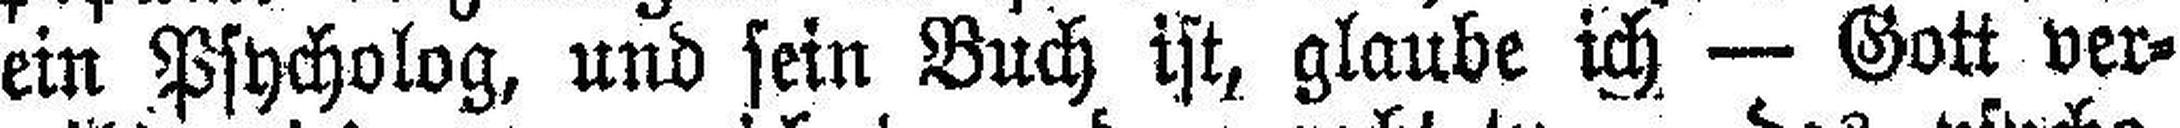
ein Psycholog, und sein Buch ist, glaube ich — Gott ver¬